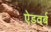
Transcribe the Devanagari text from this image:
ऐडवर्ब